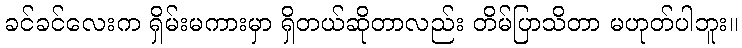
ခင်ခင်လေးက ရှိမ်းမကားမှာ ရှိတယ်ဆိုတာလည်း တိမ်ပြာသိတာ မဟုတ်ပါဘူး။